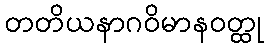
တတိယနာဂဝိမာနဝတ္ထု